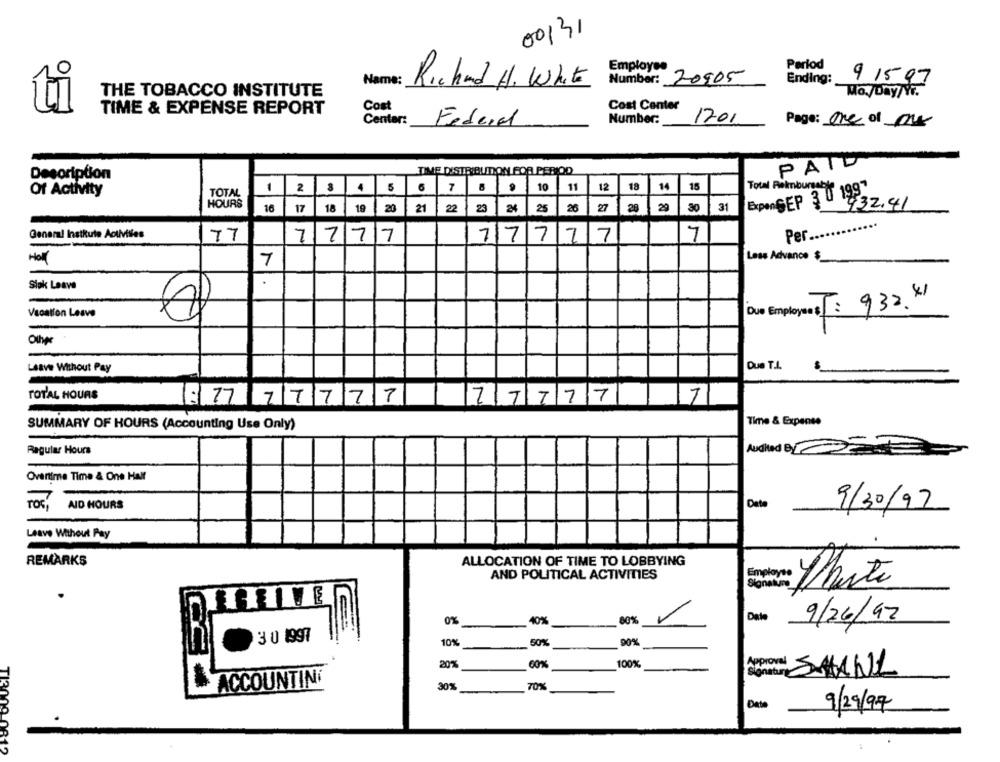
00131
Employee
Period
Name:
Richard H. White
Number: 20905
Ending:
91597
THE TOBACCO INSTITUTE
Mo./Day/Yr.
TIME & EXPENSE REPORT
Cost
Cost Center
Center:
Federal
Number:
1201
Page: one of or
PATD
Description
TIME DISTRIBUTION FOR PERIOD
1 2 3 4 5 6 7 8 9 1
10
11
12
18
14
15
Total Reimbursable
Of Activity
TOTAL
ExpenSEP 3 0 199
HOURS
432.41
16 17 18 19 20 21 22 23 24 25 26
27
28
29
30 31
General Instkute Activities
77
7777
Per.
77777
7
DY
Less Advance $
Hall
Sick Leave
M.
Vacation Leave
Due Employs
IT: 932. 4
Other
Due T.L.
Leave Without Pay
TOTAL HOURS
: 77 77777
77777
7
SUMMARY OF HOURS (Accounting Use Only)
Time & Expense
Regular Hours
Overtime Time & One Half
TOG !
AID HOURS
Date
9/30/97
Leave Without Pay
REMARKS
ALLOCATION OF TIME TO LOBBYING
AND POLITICAL ACTIVITIES
Employee
Parte
Date
9/26/92
0%
40%
80%
3 0 1997
10%
50%
20%
60%
100%
Aproval SHAND
ACCOUNTING
30%
70%
Date
9/29/97
TI3008.06